Lunatic asylums in Bengal annual reports 1912-1924 - 1912-1924
Year: 1912
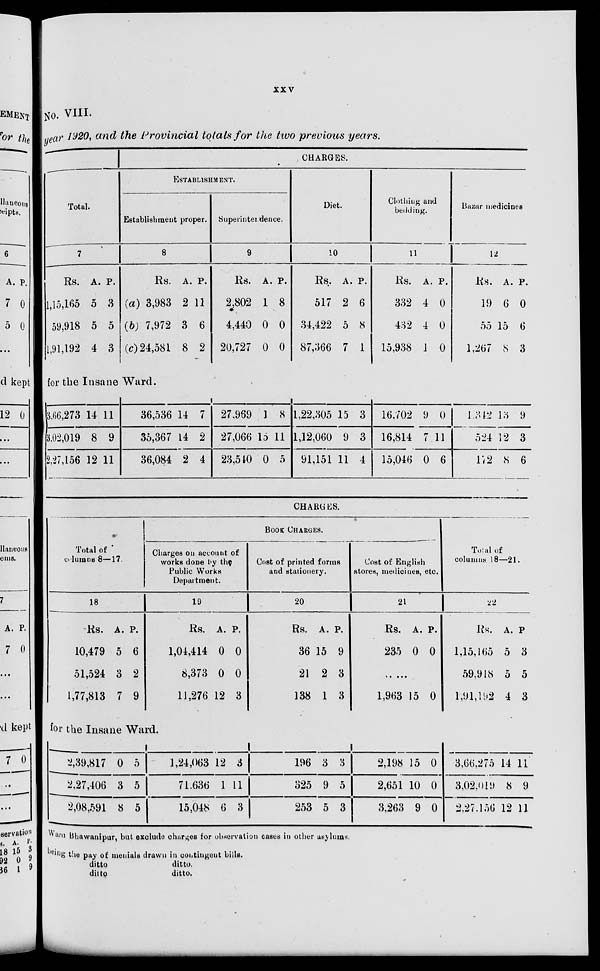
xxv
No. VIII.
year 1920, and the Provincial totals for the two previous years.
Total.
7
Rs.
1,15,165
59,918
1,91,192
A.
5
5
4
P.
3
5
3
CHARGES.
ESTABLISHMENT.
Establishment proper.
8
Rs.
(a) 3,983
(b) 7,972
(c) 24,581
A.
2
3
8
P.
11
6
2
Superinterdence.
9
Rs.
2,802
4,440
20,727
A.
1
0
0
P.
8
0
0
Diet.
10
Rs.
517
34,422
87,366
A.
2
5
7
P.
6
8
1
Clothing and
bedding.
11
Rs.
332
432
15,938
A.
4
4
1
P.
0
0
0
Bazar medicines
12
Rs.
19
55
1,267
A.
6
15
8
P.
0
6
3
for the Insane Ward.
3,66,273
3,02,019
2,27,156
14
8
12
11
9
11
36,536
35,367
36,084
14
14
2
7
2
4
27,969
27,066
23,540
1
15
0
8
11
5
1,22,305
1,12,060
91,151
15
9
11
3
3
4
16,702
16,814
15,046
9
7
0
0
11
6
1,342
524
172
13
12
8
9
3
6
CHARGES.
Total of
columns 8—17.
18
Rs.
10,479
51,524
1,77,813
A.
5
3
7
P.
6
2
9
BOOK CHARGES.
Charges on account of
works done by the
Public Works
Department.
19
Rs.
1,04,414
8,373
11,276
A.
0
0
12
P.
0
0
3
Cost of printed forms
and stationery.
20
Rs.
36
21
138
A.
15
2
1
P.
9
3
3
Cost of English
stores, medicines, etc.
21
Rs.
235
A.
0
P.
0
......
1,963 15 0
Total of
columns 18—21.
22
Rs.
1,15,165
59,918
1,91,192
A.
5
5
4
P.
3
5
3
for the Insane Ward.
2,39,817
2,27,406
2,08,591
0
3
8
5
5
5
1,24,063
71,636
15,048
12
1
6
3
11
3
196
325
253
3
9
5
3
5
3
2,198
2,651
3,263
15
10
9
0
0
0
3,66,275
3,02,019
2,27,156
14
8
12
11
9
11
Ward Bhawanipur, but exclude charges for observation cases in other asylums.
being the pay of menials drawn in contingent bills.
ditto
ditto.
ditto
ditto.